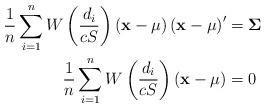
LaTeX: \begin{align*}\frac{1}{n}\sum_{i=1}^{n}W\left( \frac{d_{i}}{cS}\right) \left(\mathbf{x-\mu}\right) \left( \mathbf{x-\mu}\right) ^{\prime} &=\mathbf{\Sigma~\ \ }\\\frac{1}{n}\sum_{i=1}^{n}W\left( \frac{d_{i}}{cS}\right) \left(\mathbf{x-\mu}\right) & =0\end{align*}